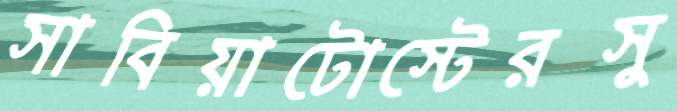
সাবিয়াটোস্টেরসু